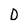
Character: D